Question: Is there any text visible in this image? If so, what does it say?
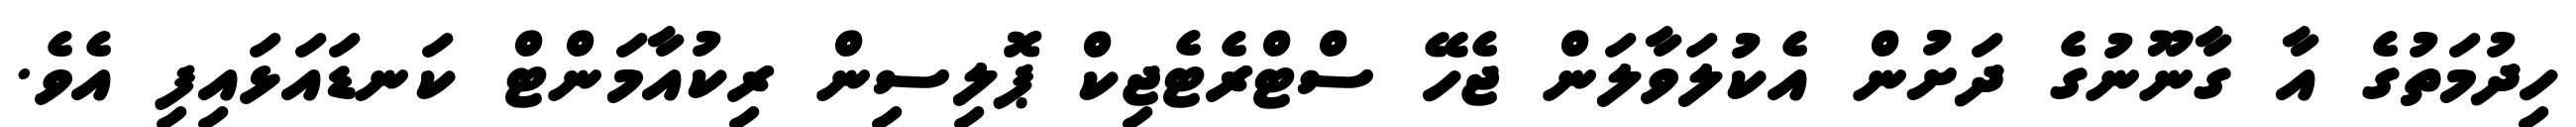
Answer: ހިދުމަތުގެ އާ ގާނޫނުގެ ދަށުން އެކުލަވާލަން ޖެހޭ ސްޓްރެޓެޖިކް ޕޮލިސިން ރިކުއާމަންޓް ކަނޑައަޅައިފި އެވެ.